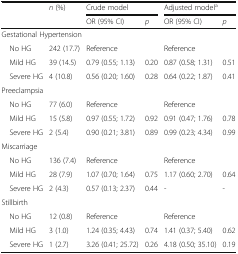
<table><thead><tr><td rowspan="2"></td><td rowspan="2"><b><i>n</i> (%)</b></td><td colspan="2"><b>Crude model</b></td><td colspan="2"><b>Adjusted model<sup>a</sup></b></td></tr><tr><td><b>OR (95% CI)</b></td><td><b><i>p</i></b></td><td><b>OR (95% CI)</b></td><td><b><i>p</i></b></td></tr></thead><tbody><tr><td colspan="6">Gestational Hypertension</td></tr><tr><td> No HG</td><td>242 (17.7)</td><td>Reference</td><td></td><td>Reference</td><td></td></tr><tr><td> Mild HG</td><td>39 (14.5)</td><td>0.79 (0.55; 1.13)</td><td>0.20</td><td>0.87 (0.58; 1.31)</td><td>0.51</td></tr><tr><td> Severe HG</td><td>4 (10.8)</td><td>0.56 (0.20; 1.60)</td><td>0.28</td><td>0.64 (0.22; 1.87)</td><td>0.41</td></tr><tr><td colspan="6">Preeclampsia</td></tr><tr><td> No HG</td><td>77 (6.0)</td><td>Reference</td><td></td><td>Reference</td><td></td></tr><tr><td> Mild HG</td><td>15 (5.8)</td><td>0.97 (0.55; 1.72)</td><td>0.92</td><td>0.91 (0.47; 1.76)</td><td>0.78</td></tr><tr><td> Severe HG</td><td>2 (5.4)</td><td>0.90 (0.21; 3.81)</td><td>0.89</td><td>0.99 (0.23; 4.34)</td><td>0.99</td></tr><tr><td colspan="6">Miscarriage</td></tr><tr><td> No HG</td><td>136 (7.4)</td><td>Reference</td><td></td><td>Reference</td><td></td></tr><tr><td> Mild HG</td><td>28 (7.9)</td><td>1.07 (0.70; 1.64)</td><td>0.75</td><td>1.17 (0.60; 2.70)</td><td>0.64</td></tr><tr><td> Severe HG</td><td>2 (4.3)</td><td>0.57 (0.13; 2.37)</td><td>0.44</td><td>-</td><td>-</td></tr><tr><td colspan="6">Stillbirth</td></tr><tr><td> No HG</td><td>12 (0.8)</td><td>Reference</td><td></td><td>Reference</td><td></td></tr><tr><td> Mild HG</td><td>3 (1.0)</td><td>1.24 (0.35; 4.43)</td><td>0.74</td><td>1.41 (0.37; 5.40)</td><td>0.62</td></tr><tr><td> Severe HG</td><td>1 (2.7)</td><td>3.26 (0.41; 25.72)</td><td>0.26</td><td>4.18 (0.50; 35.10)</td><td>0.19</td></tr></tbody></table>